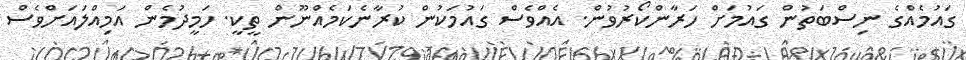
ގައުމެއްގެ ނިސްބަތުން ގައުމަށް ހަރާންކޯރުވުން. އެއްވެސް ގައުމަކުން ކުރާނެކަމެއްނޫން ތީކީ. ހަމީދުމެން އަމިއްލައަށްވެސް